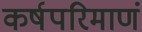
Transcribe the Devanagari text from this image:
कर्षपरिमाणं